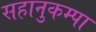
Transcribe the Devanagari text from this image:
सहानुकम्पा